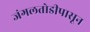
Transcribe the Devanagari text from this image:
जंगलतोडीपासून